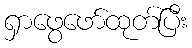
ရှာဖွေဖော်ထုတ်ပြီး